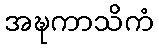
အဍ္ဎကာသိကံ